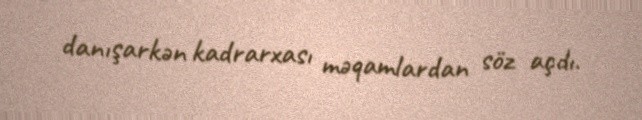
danışarkən kadrarxası məqamlardan söz açdı.